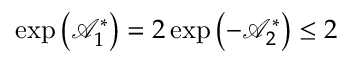
\exp \left( \mathcal { A } _ { 1 } ^ { \ast } \right) = 2 \exp \left( - \mathcal { A } _ { 2 } ^ { \ast } \right) \leq 2